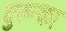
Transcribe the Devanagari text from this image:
दुरुन्का